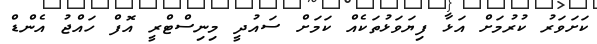
ކަށަވަރު ކުރުމަށް އަޅާ ފިޔަވަޅުތަކެއް ކަމަށް ސައުދީ މިނިސްޓްރީ އޮފް ހައްޖު އެންޑް